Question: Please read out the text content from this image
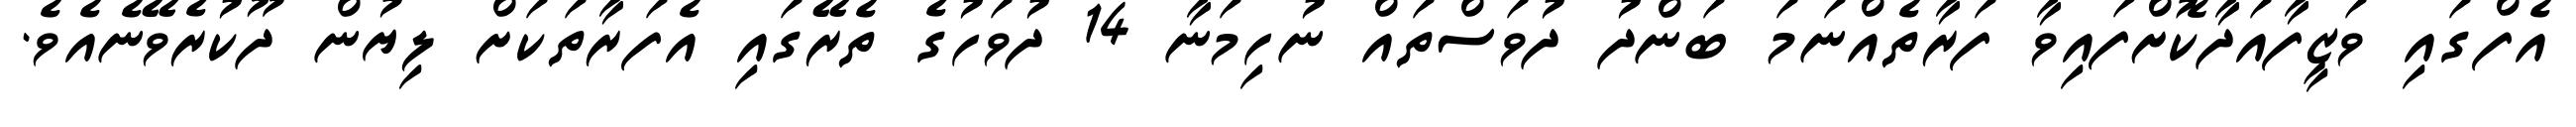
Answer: އެފްގައި ވަޒީފާއަދާކޮށްފައިވާ ފަރާތެއްނަމަ ބަންދު ދުވަސްތައް ނުހިމަނާ 14 ދުވަހުގެ ތެރޭގައި އެފަރާތަކަށް ލިޔުން ދޫކުރެވޭނެއެވެ.